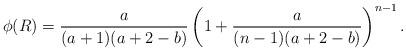
LaTeX: \begin{align*} \phi(R) = \frac{a}{(a + 1)(a + 2 - b)} \left (1+ \frac{a}{(n - 1) (a + 2 - b)} \right)^{n-1}. \end{align*}